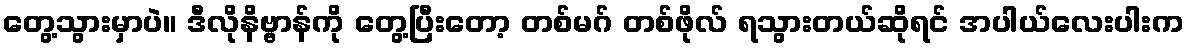
တွေ့သွားမှာပဲ။ ဒီလိုနိဗ္ဗာန်ကို တွေ့ပြီးတော့ တစ်မဂ် တစ်ဖိုလ် ရသွားတယ်ဆိုရင် အပါယ်လေးပါးက